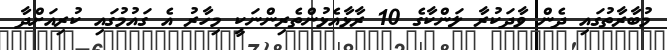
މުބާރާތުގައި ދެން ވާދަކުރާ ލަންކާގެ 10 ރާޅާއެޅުންތެރިންނަކީ މިހާރު އެ ގައުމުގައި ކުރިއަށްދާ